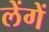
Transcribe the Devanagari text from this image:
लेंगें